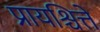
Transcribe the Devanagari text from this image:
प्रायश्चित्ते